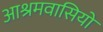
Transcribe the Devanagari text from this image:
आश्रमवासियो